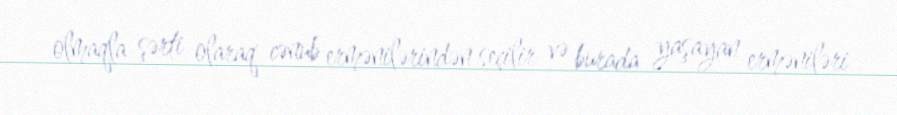
olmaqla şərti olaraq cənub ermənilərindən seçilir və burada yaşayan erməniləri